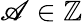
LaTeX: \mathscr{A}\in\mathbb{{Z}}